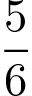
\frac { 5 } { 6 }